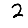
Digit: 2